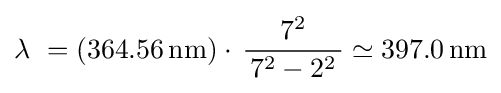
\lambda \ =(364.56\,{\rm {nm}})\cdot \,{\frac {7^{2}}{\,7^{2}-2^{2}\,}}\simeq 397.0\,{\rm {nm}}